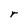
Character: r